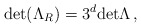
\begin{align*}\hbox{\rm det}(\Lambda_R)=3^d\hbox{\rm det} \Lambda\,,\end{align*}